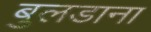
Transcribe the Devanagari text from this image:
बुलडाना